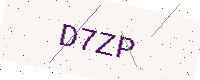
Text: D7ZP